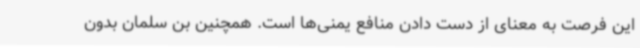
این فرصت به معنای از دست دادن منافع یمنی‌ها است. همچنین بن سلمان بدون